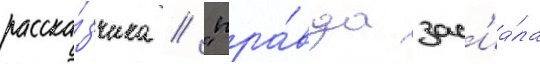
расска́зчика / "пра́вда зас'иа́ла